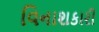
વિનાશકારી